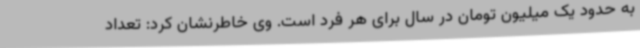
به حدود یک میلیون تومان در سال برای هر فرد است. وی خاطرنشان کرد: تعداد